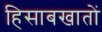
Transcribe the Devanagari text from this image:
हिसाबखातों